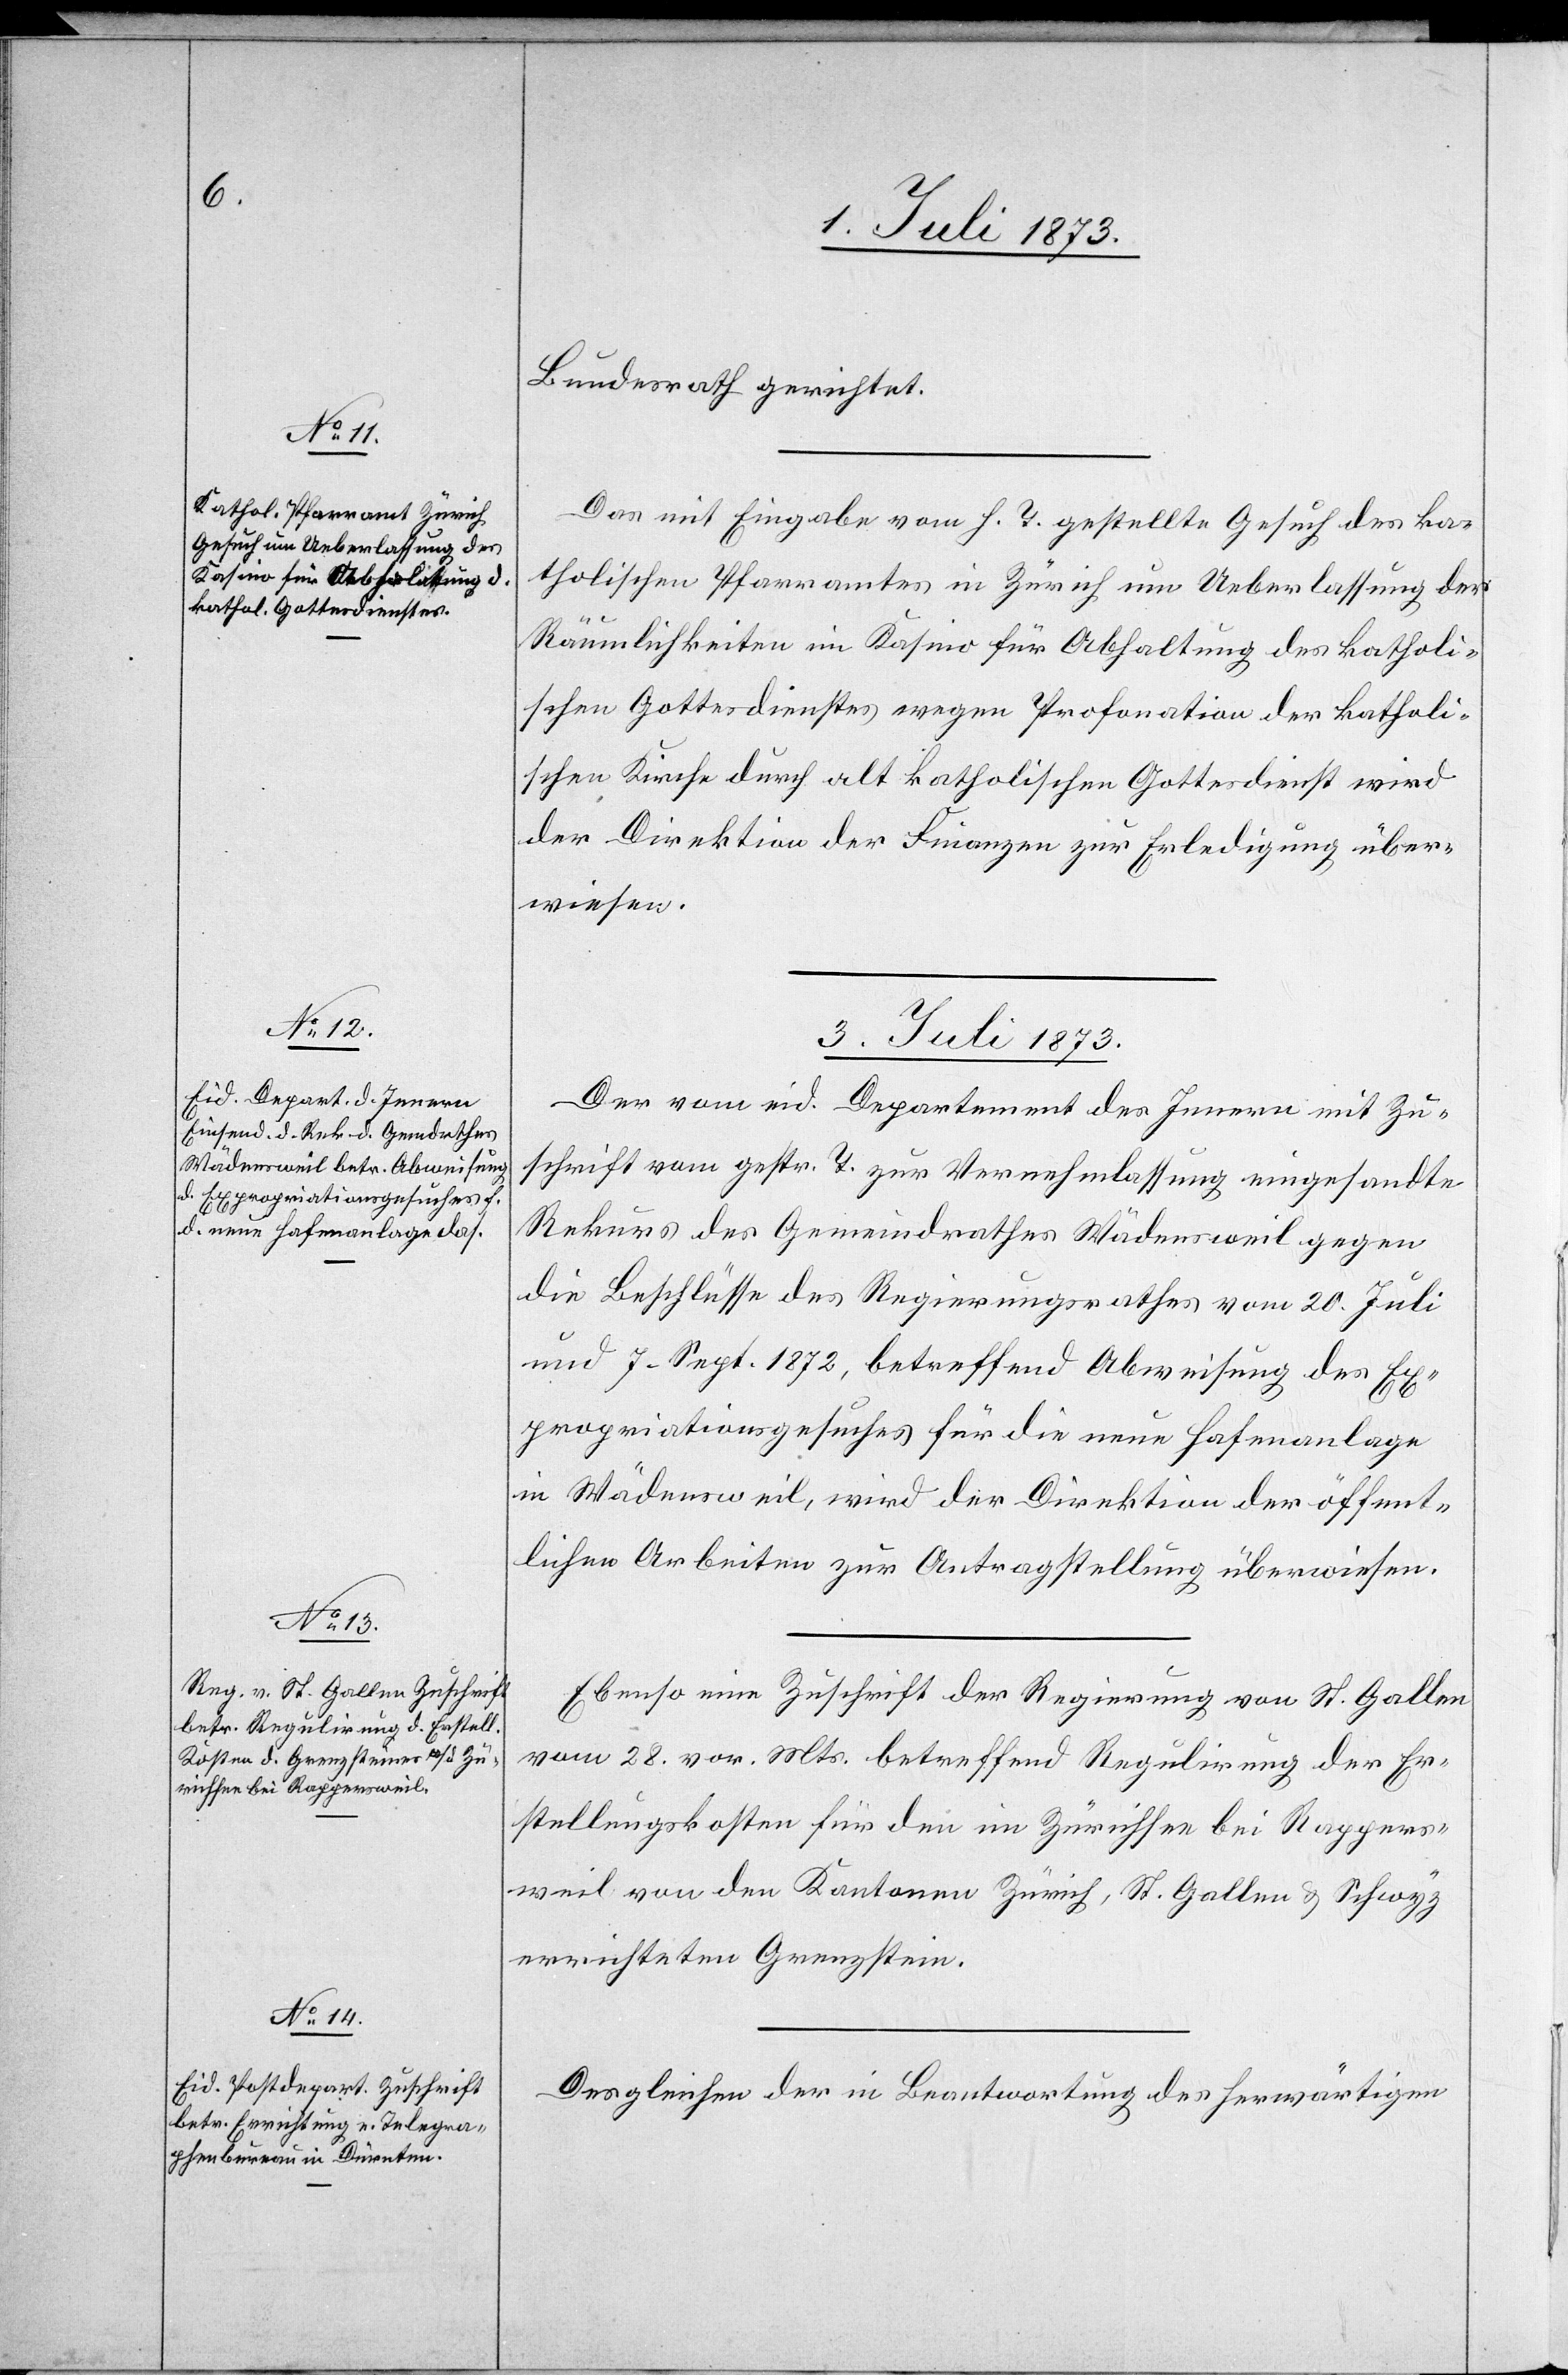
katholi¬

Bundesrath gerichtet.
Das mit Eingabe von h. T. gestellte Gesuch des ka¬
tholischen Pfarramtes in Zürich um Ueberlassung der
Räumlichkeiten im Kasino für Abhaltung des katholi¬
schen Gottesdienstes wegen Profonation [recte:
schen Kirche durch alt katholischen Gottesdienst wird
der Direktion der Finanzen zur Erledigung über¬
wiesen.
3. Juli 1873.]
Der vom eid. Departement des Innern mit Zu¬
schrift vom gestr. T. zur Vernehmlassung eingesandte
Rekurs des Gemeindrathes Wädensweil gegen
die Beschlüsse des Regierungsrathes vom 20. Juli
und 7. Sept. 1872, betreffend Abweisung des Ex¬
propriationsgesuches für die neue Hafenanlage
in Wädensweil, wird der Direktion der öffent¬
lichen Arbeiten zur Antragstellung überwiesen.
Ebenso eine Zuschrift der Regierung von St. Gallen
vom 28. vor. Mts. betreffend Regulirung der Er¬
stellungskosten für den im Zürichsee bei Rappers¬
weil von den Kantonen Zürich, St. Gallen & Schwyz
errichteten Grenzstein.
Desgleichen der in Beantwortung des herwärtigen